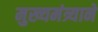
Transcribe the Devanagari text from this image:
मुख्यमंत्र्याने